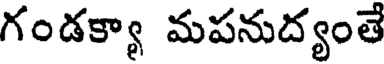
గండక్యా మపనుద్యంతే